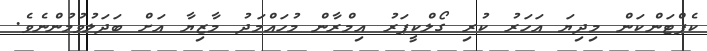
ކެޕްޓަންކަން މިދިޔަ އަހަރު ކުރި ގޯލްކީޕަރު އިމްރާން މުހައްމަދު މާޒިޔާ އަށް ބަދަލުވުމުންނެވެ.